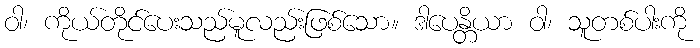
ဝါ၊ ကိုယ်တိုင်ပေးသည်မူလည်းဖြစ်သော။ ဒါပေန္တိယာ ဝါ၊ သူတစ်ပါးကို